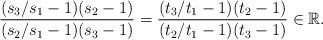
LaTeX: \begin{align*}\frac{(s_{3}/s_{1}-1)(s_{2}-1)}{(s_{2}/s_{1}-1)(s_{3}-1)}=\frac{(t_{3}/t_{1}-1)(t_{2}-1)}{(t_{2}/t_{1}-1)(t_{3}-1)}\in\mathbb{R}.\end{align*}